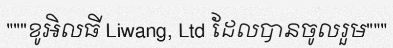
"""ខូអិលធី Liwang, Ltd ដែលបានចូលរួម"""